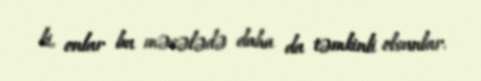
ki, onlar bu məsələdə daha da təmkinli olsunlar.